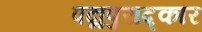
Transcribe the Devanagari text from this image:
पद्मपुराद्कार